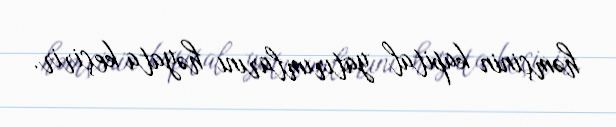
həmçinin kapital yatırımlarını həyata keçirir.